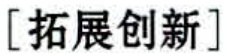
[拓展创新]